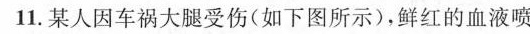
11.某人因车祸大腿受伤(如下图所示)，鲜红的血液喷